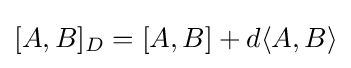
[A,B]_{D}=[A,B]+d\langle A,B\rangle